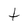
Character: t